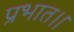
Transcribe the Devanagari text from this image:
प्रभात।।